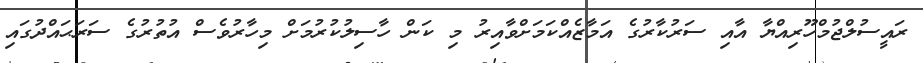
ރައީސުލްޖުމްހޫރިއްޔާ އާއި ސަރުކާރުގެ އަމާޒެއްކަމަށްވާއިރު މި ކަން ހާސިލުކުރުމަށް މިހާރުވެސް އުތުރުގެ ސަރަޙައްދުގައި